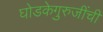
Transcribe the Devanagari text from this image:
घोडकेगुरुजींची